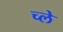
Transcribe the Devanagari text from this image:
च्ले